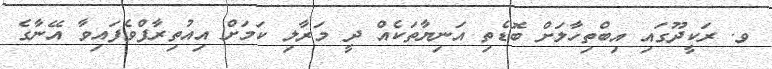
ވ. ރަކީދޫގައި އިބްތިހާލަށް ބޮޑެތި އަނިޔާތަކެއް ދީ މަރާލި ކަމަށް އިއުތިރާފްވެފައިވާ އޭނާގެ